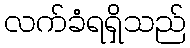
လက်ခံရရှိသည်